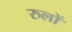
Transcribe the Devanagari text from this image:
रुलों